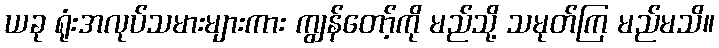
ယခု ရုံးအလုပ်သမားများကား ကျွန်တော့်ကို မည်သို့ သမုတ်ကြ မည်မသိ။